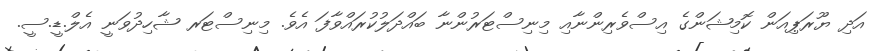
އަދި ޔޫރަޕިއަން ކޮމިޝަންގެ އިސްވެރިންނާއި މިނިސްޓަރުންނާ ބައްދަލުކުރައްވާފަ އެވެ. މިނިސްޓަރ ޝާހިދުވަނީ އެލް.ޑީ.ސީ.